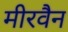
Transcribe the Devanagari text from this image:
मीरवैन